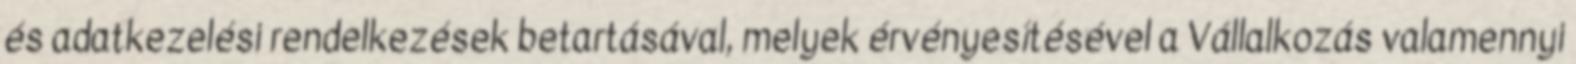
és adatkezelési rendelkezések betartásával, melyek érvényesítésével a Vállalkozás valamennyi